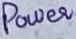
Text: Power